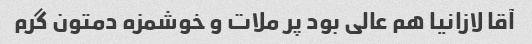
آقا لازانیا هم عالی بود پر ملات و خوشمزه دمتون گرم